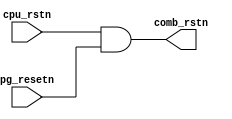
module reset_comb (
input wire cpu_rstn,				//cpu reset, active low
input wire pg_resetn,				//power gating reset, active low
output wire comb_rstn				//combined reset,active low

);



assign comb_rstn = cpu_rstn && pg_resetn;

endmodule